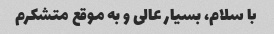
با سلام، بسیار عالی و به موقع متشکرم